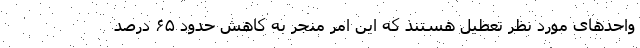
واحدهای مورد نظر تعطیل هستند که این امر منجر به کاهش حدود ۶۵ درصد